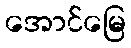
အောင်မြေ